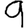
Digit: 9